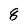
Character: 8